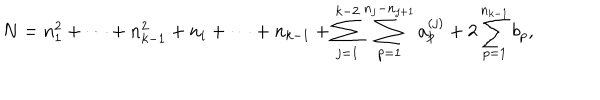
LaTeX: N = n _ { 1 } ^ { 2 } + \cdots + n _ { k - 1 } ^ { 2 } + n _ { i } + \cdots + n _ { k - 1 } + \sum _ { j = 1 } ^ { k - 2 } \sum _ { p = 1 } ^ { n _ { j } - n _ { j + 1 } } a _ { p } ^ { ( j ) } + 2 \sum _ { p = 1 } ^ { n _ { k - 1 } } b _ { p } ,